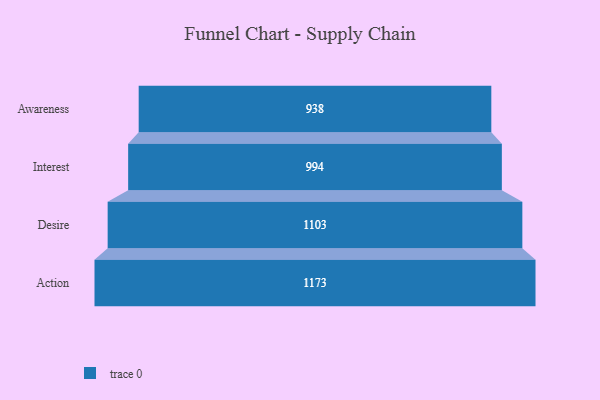
{"axis": {"x": "Stage", "y": "Value"}, "legend": [""], "data": [{"x": "Awareness", "y": 938.0, "type": ""}, {"x": "Interest", "y": 994.0, "type": ""}, {"x": "Desire", "y": 1103.0, "type": ""}, {"x": "Action", "y": 1173.0, "type": ""}]}